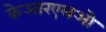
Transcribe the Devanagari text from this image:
केआरएलओ